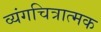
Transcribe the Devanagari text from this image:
व्यंगचित्रात्मक